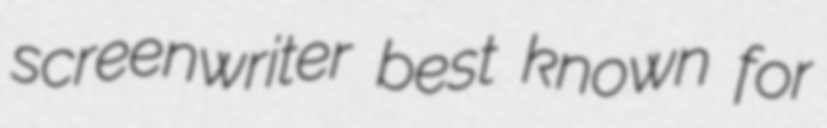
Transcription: screenwriter best known for